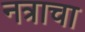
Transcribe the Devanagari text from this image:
नत्राचा